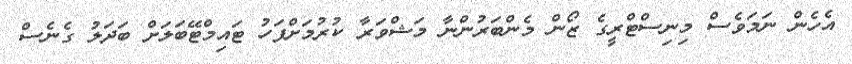
އެހެން ނަމަވެސް މިނިސްޓްރީގެ ޒޯން މެންބަރުންނާ މަޝްވަރާ ކުރުމަށްފަހު ޓައިމްޓޭބަލަށް ބަދަލު ގެނެސް